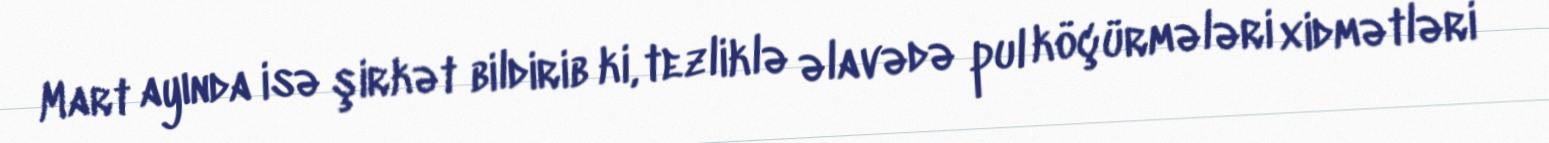
Mart ayında isə şirkət bildirib ki, tezliklə əlavədə pul köçürmələri xidmətləri